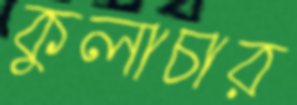
কুলাচার